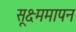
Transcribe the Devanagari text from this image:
सूक्ष्ममापन